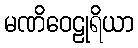
မဏိဝေဠုရိယာ